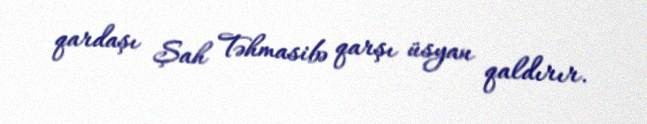
qardaşı Şah Təhmasibə qarşı üsyan qaldırır.